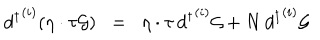
LaTeX: { d ^ { \dagger } } ^ { ( i ) } ( \eta \cdot \tau { \cal { G } } ) \; \; = \; \; \eta \cdot \tau \, { d ^ { \dagger } } ^ { ( i ) } { \cal { G } } + N \, { d ^ { \dagger } } ^ { ( i ) } { \cal { G } }